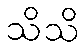
သိသိ